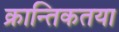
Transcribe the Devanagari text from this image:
क्रान्तिकतया